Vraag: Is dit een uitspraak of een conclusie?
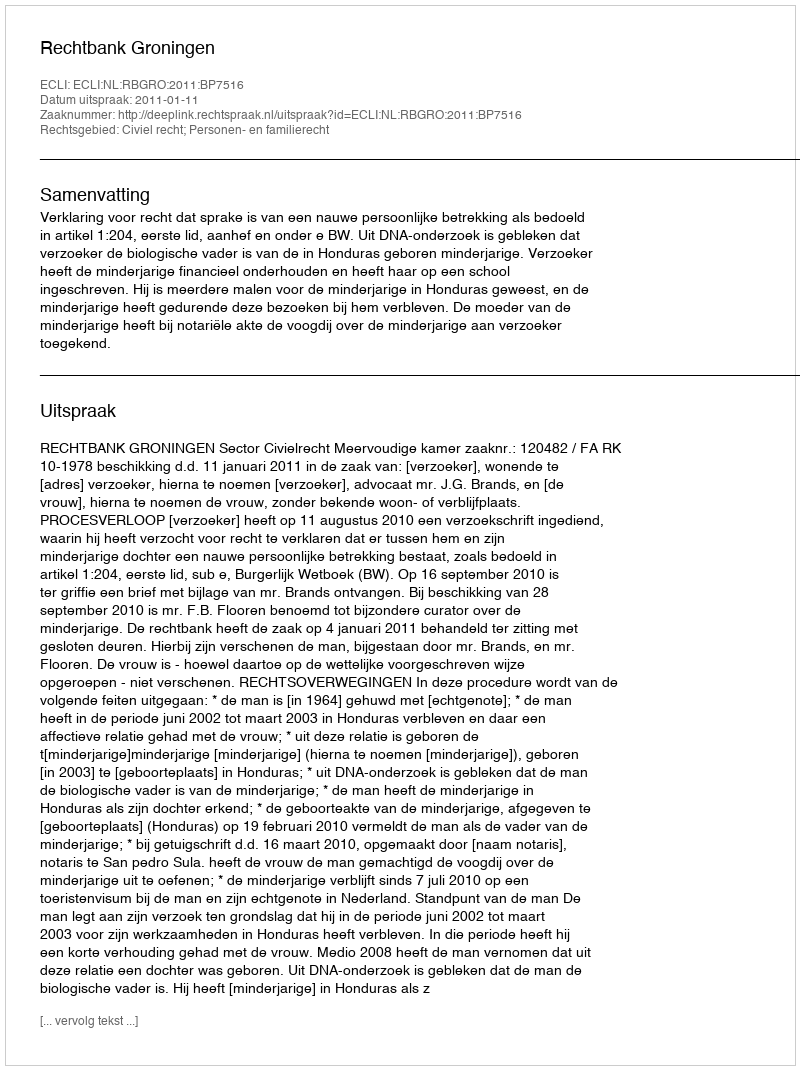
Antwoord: Uitspraak